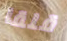
قلقا